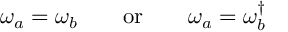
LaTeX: \omega _ { a } = \omega _ { b } \qquad \mathrm { o r } \qquad \omega _ { a } = \omega _ { b } ^ { \dagger }